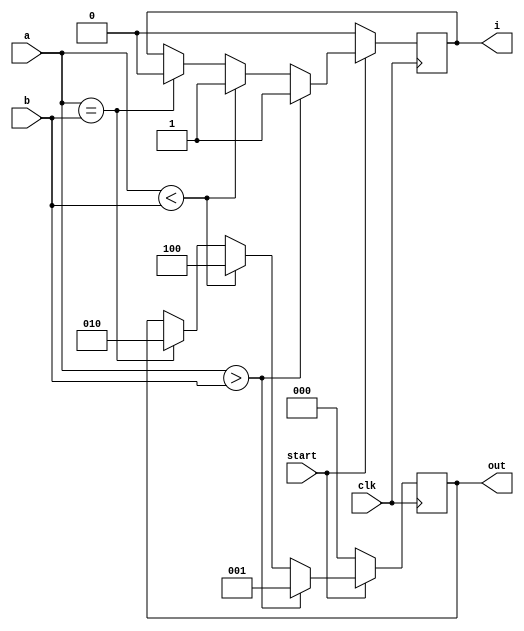
`timescale 1ns / 1ps
//////////////////////////////////////////////////////////////////////////////////////////////////
// assignment number = 5
// problem number = 4 
// semester = 5
// group number = 56   
// Name: Sanyukta Deogade (19CS30016)
// Name: Akanksha Singh (19CS10007)
//////////////////////////////////////////////////////////////////////////////////////////////////

module sequential_US_comparator( 
		input  a,
		input  b,
		input clk,
		input start,
		output reg i,
		//output reg currstate,
		output reg [2:0] out
		);
		
  //reg state;
 parameter E = 0; parameter L = 1; parameter G = 2; 
 
	

 always@(posedge clk)
 begin 
  	
	  if(start == 1)begin
	 
	  if(a==b)begin
	  out = 3'b010;
	  i = 0;
	  end
	  
	  if(a<b)begin
	  out = 3'b100;
	  i = 1;
	  end
	  if(a>b)begin
	   out = 3'b001;
	   i = 1; 
	  end
	  end
		
	if(start == 0)begin   //reset
	i = 0;
	out = 3'b000;
	end
end

endmodule